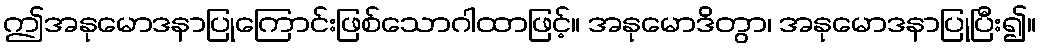
ဤအနုမောဒနာပြုကြောင်းဖြစ်သောဂါထာဖြင့်။ အနုမောဒိတွာ၊ အနုမောဒနာပြုပြီး၍။